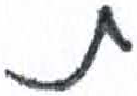
אות: ת